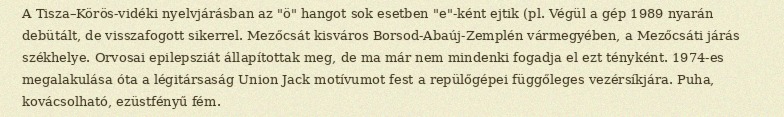
A Tisza–Körös-vidéki nyelvjárásban az "ö" hangot sok esetben "e"-ként ejtik (pl. Végül a gép 1989 nyarán debütált, de visszafogott sikerrel. Mezőcsát kisváros Borsod-Abaúj-Zemplén vármegyében, a Mezőcsáti járás székhelye. Orvosai epilepsziát állapítottak meg, de ma már nem mindenki fogadja el ezt tényként. 1974-es megalakulása óta a légitársaság Union Jack motívumot fest a repülőgépei függőleges vezérsíkjára. Puha, kovácsolható, ezüstfényű fém.